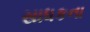
સાધકના